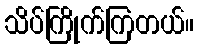
သိပ်ကြိုက်ကြတယ်။